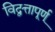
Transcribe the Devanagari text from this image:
विद्वत्तापूर्ण्‌